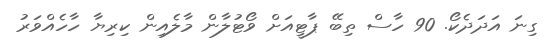
ގިނަ އަދަދެކޯ. 90 ހާސް ތިބޭ ޕާޓީއަށް ވޯޓުލާން މާލެއިން ކިރިޔާ ހާހެއްވަރު